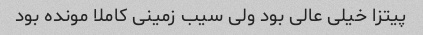
پیتزا خیلی عالی بود ولی سیب زمینی کاملا مونده بود